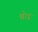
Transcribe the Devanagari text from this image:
श्चोड्र